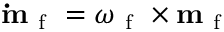
\mathbf { \dot { m } } _ { \mathrm { ~ f ~ } } = \boldsymbol { \omega } _ { \mathrm { ~ f ~ } } \times \mathbf { m } _ { \mathrm { ~ f ~ } }